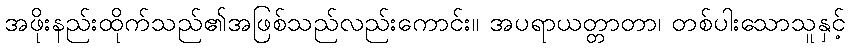
အဖိုးနည်းထိုက်သည်၏အဖြစ်သည်လည်းကောင်း။ အပရာယတ္တာတာ၊ တစ်ပါးသောသူနှင့်